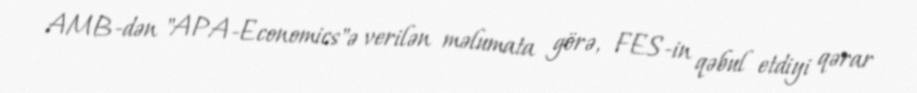
AMB-dən "APA-Economics"ə verilən məlumata görə, FES-in qəbul etdiyi qərar